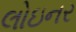
લોઇનર